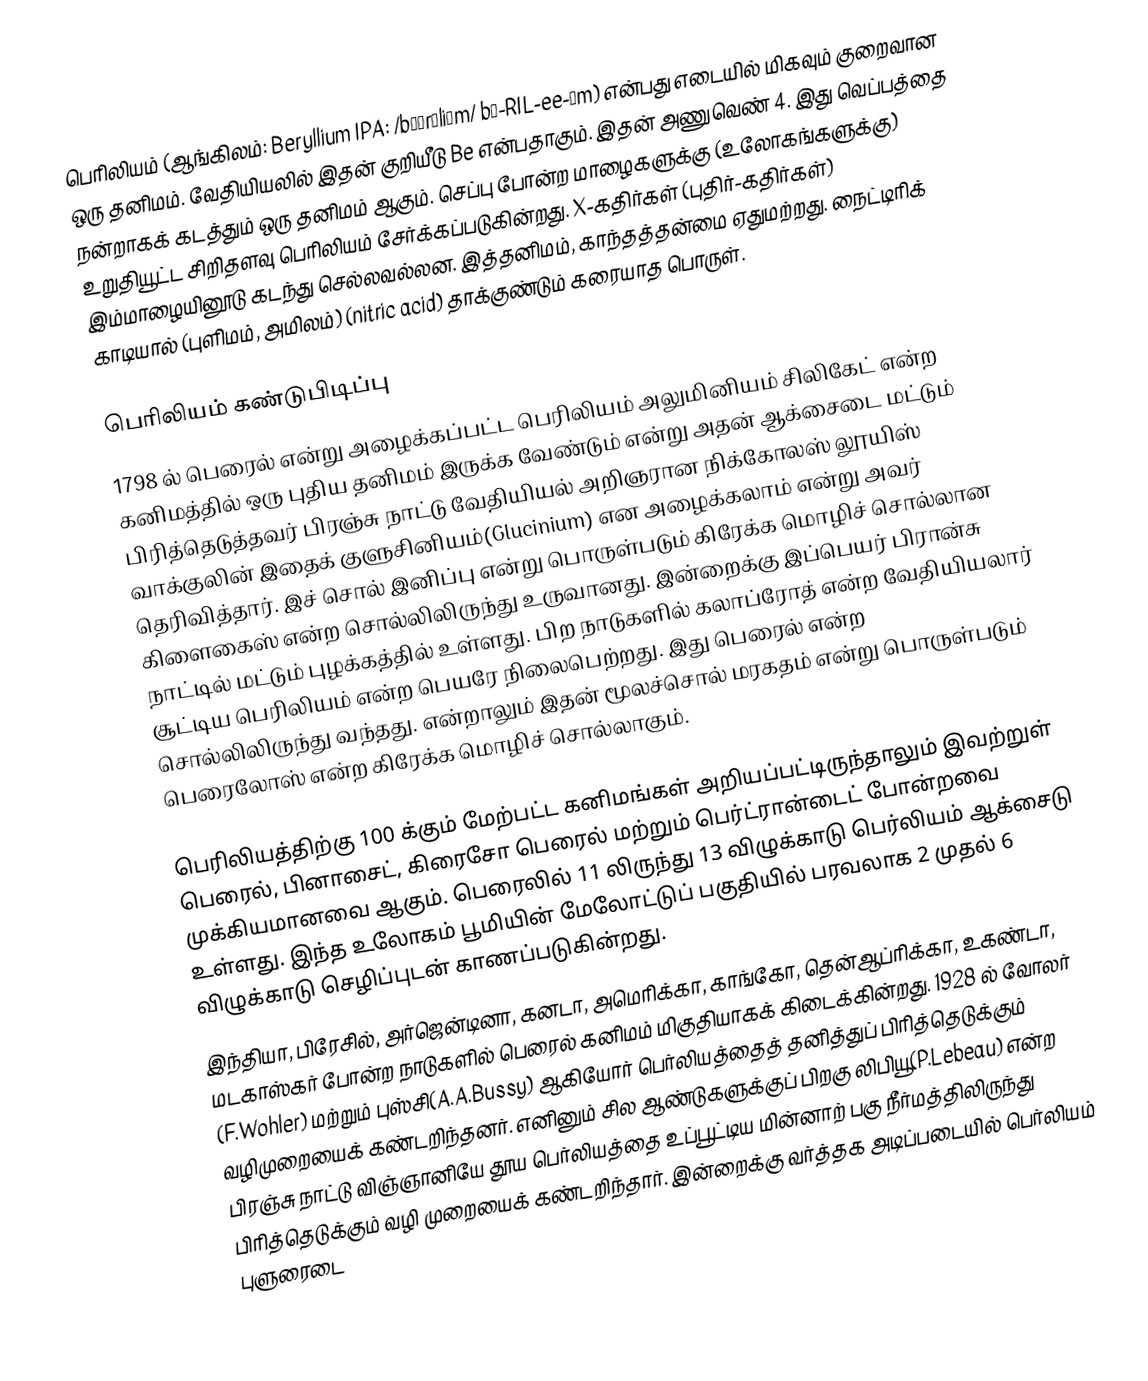
பெரிலியம் (ஆங்கிலம்: Beryllium IPA: /bəˈrɪliəm/ bə-RIL-ee-əm) என்பது எடையில் மிகவும் குறைவான ஒரு தனிமம். வேதியியலில் இதன் குறியீடு Be என்பதாகும். இதன் அணுவெண் 4. இது வெப்பத்தை நன்றாகக் கடத்தும் ஒரு தனிமம் ஆகும். செப்பு போன்ற மாழைகளுக்கு (உலோகங்களுக்கு) உறுதியூட்ட சிறிதளவு பெரிலியம் சேர்க்கப்படுகின்றது. X-கதிர்கள் (புதிர்-கதிர்கள்) இம்மாழையினூடு கடந்து செல்லவல்லன. இத்தனிமம், காந்தத்தன்மை ஏதுமற்றது. நைட்டிரிக் காடியால் (புளிமம், அமிலம்) (nitric acid) தாக்குண்டும் கரையாத பொருள்.

பெரிலியம் கண்டுபிடிப்பு
1798 ல் பெரைல் என்று அழைக்கப்பட்ட பெரிலியம் அலுமினியம் சிலிகேட் என்ற கனிமத்தில் ஒரு புதிய தனிமம் இருக்க வேண்டும் என்று அதன் ஆக்சைடை மட்டும் பிரித்தெடுத்தவர் பிரஞ்சு நாட்டு வேதியியல் அறிஞரான நிக்கோலஸ் லூயிஸ் வாக்குலின்  இதைக் குளுசினியம்(Glucinium) என அழைக்கலாம் என்று அவர் தெரிவித்தார். இச் சொல் இனிப்பு என்று பொருள்படும் கிரேக்க மொழிச் சொல்லான கிளைகைஸ் என்ற சொல்லிலிருந்து உருவானது. இன்றைக்கு இப்பெயர் பிரான்சு நாட்டில் மட்டும் புழக்கத்தில் உள்ளது. பிற நாடுகளில் கலாப்ரோத் என்ற வேதியியலார் சூட்டிய பெரிலியம் என்ற பெயரே நிலைபெற்றது. இது பெரைல் என்ற சொல்லிலிருந்து வந்தது. என்றாலும் இதன் மூலச்சொல் மரகதம் என்று பொருள்படும் பெரைலோஸ் என்ற கிரேக்க மொழிச் சொல்லாகும்.

பெரிலியத்திற்கு 100 க்கும் மேற்பட்ட கனிமங்கள் அறியப்பட்டிருந்தாலும்  இவற்றுள் பெரைல், பினாசைட், கிரைசோ பெரைல் மற்றும் பெர்ட்ரான்டைட் போன்றவை முக்கியமானவை ஆகும். பெரைலில் 11 லிருந்து 13 விழுக்காடு பெர்லியம் ஆக்சைடு உள்ளது. இந்த உலோகம் பூமியின் மேலோட்டுப் பகுதியில் பரவலாக 2 முதல் 6 விழுக்காடு செழிப்புடன் காணப்படுகின்றது.
இந்தியா, பிரேசில், அர்ஜென்டினா, கனடா, அமெரிக்கா, காங்கோ, தென்ஆப்ரிக்கா, உகண்டா, மடகாஸ்கர் போன்ற நாடுகளில் பெரைல் கனிமம் மிகுதியாகக் கிடைக்கின்றது. 1928 ல் வோலர் (F.Wohler) மற்றும் புஸ்சி(A.A.Bussy) ஆகியோர் பெர்லியத்தைத் தனித்துப் பிரித்தெடுக்கும் வழிமுறையைக் கண்டறிந்தனர்.  எனினும் சில ஆண்டுகளுக்குப் பிறகு லிபியூ(P.Lebeau) என்ற பிரஞ்சு நாட்டு விஞ்ஞானியே தூய பெர்லியத்தை உப்பூட்டிய மின்னாற் பகு நீர்மத்திலிருந்து பிரித்தெடுக்கும் வழி முறையைக் கண்டறிந்தார்.  இன்றைக்கு வர்த்தக அடிப்படையில் பெர்லியம் புளுரைடை